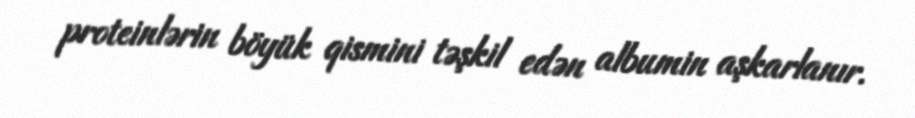
proteinlərin böyük qismini təşkil edən albumin aşkarlanır.